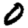
Digit: 0